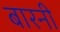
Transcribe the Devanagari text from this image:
बारनी